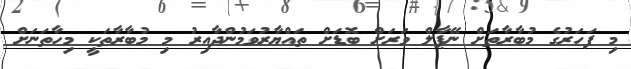
މި ފަހަރުގެ މުބާރާތަށް ނޭޕާލް ވަރަށް ބޮޑަށް ތައްޔާރުވަމުންދާއިރު މި މުބާރާތަކީ މިހާތަނަށް